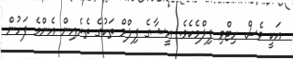
އަކީ ވެސް ހިޓްވި ފިލްމެކެވެ. އީޝާގެ ފިލްމް ތަކުގެ ތެރެއިން އެންމެ ފަހުން